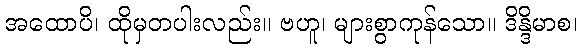
အထောပိ၊ ထိုမှတပါးလည်း။ ဗဟူ၊ များစွာကုန်သော။ ဒိန္ဒိမာစ၊